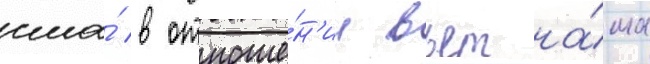
сша́ в отноше́н'ии вьетна́ма